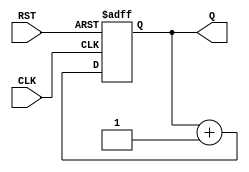
module async_reset_sync_counter #(
    parameter N = 4 // Width of the counter (default is 4 bits)
)(
    input wire CLK,    // Clock input
    input wire RST,    // Asynchronous reset input
    output reg [N-1:0] Q // Output register for the counter
);

// Always block for counter functionality
always @(posedge CLK or posedge RST) begin
    if (RST) begin
        Q <= 'b0; // Reset counter to 0
    end else begin
        Q <= Q + 1; // Increment counter on clock's rising edge
    end
end

endmodule